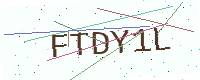
Text: FTDY1L